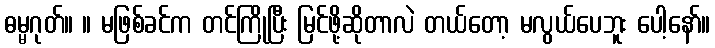
ဓမ္မဂုတ်။ ။ မဖြစ်ခင်က တင်ကြိုပြီး မြင်ဖို့ဆိုတာလဲ တယ်တော့ မလွယ်ပေဘူး ပေါ့နော်။